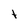
Character: t